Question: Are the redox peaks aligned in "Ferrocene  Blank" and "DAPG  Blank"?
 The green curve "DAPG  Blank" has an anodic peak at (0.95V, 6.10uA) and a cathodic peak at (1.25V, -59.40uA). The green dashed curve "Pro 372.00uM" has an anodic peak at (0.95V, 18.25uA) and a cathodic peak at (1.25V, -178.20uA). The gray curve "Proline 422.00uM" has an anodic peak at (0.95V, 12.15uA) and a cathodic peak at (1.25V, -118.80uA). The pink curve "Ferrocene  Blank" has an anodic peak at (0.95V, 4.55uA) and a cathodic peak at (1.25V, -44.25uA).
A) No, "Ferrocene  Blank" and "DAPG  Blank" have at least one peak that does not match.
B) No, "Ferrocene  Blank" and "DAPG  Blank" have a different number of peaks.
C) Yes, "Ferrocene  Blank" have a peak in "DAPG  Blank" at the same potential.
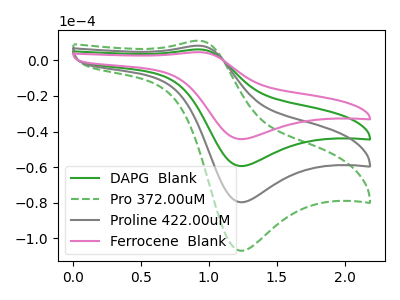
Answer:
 <answer>C) Yes, "Ferrocene  Blank" have a peak in "DAPG  Blank" at the same potential.</answer>
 <eval>C</eval>